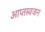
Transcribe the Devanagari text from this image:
आप्तस्वजन